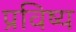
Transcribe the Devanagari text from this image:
प्रविष्य